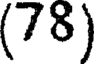
(78)